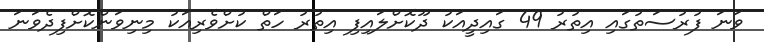
ވަނަ ފުރުސަތުގައި އިތުރު 49 ގައިދީއަކު ދޫކޮށްލައިފި އިތުރު ހަތް ކުށްވެރިއަކު މިނިވަންކޮށްފިދެވަނަ